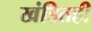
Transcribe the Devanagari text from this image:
खंडितही